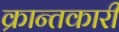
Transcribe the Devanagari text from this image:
क्रान्तकारी